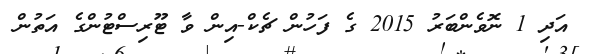
އަދި 1 ނޮވެންބަރު 2015 ގެ ފަހުން ޗެކް-އިން ވާ ޓޫރިސްޓުންގެ އަތުން